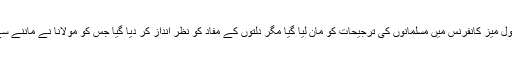
لندن میں ایک گول میز کانفرنس میں مسلمانوں کی ترجیحات کو مان لیا گیا مگر دلتوں کے مفاد کو نظر انداز کر دیا گیا جس کو مولانا نے ماننے سے انکار کر دیا۔